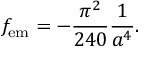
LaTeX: f _ { \mathrm { e m } } = - { \frac { \pi ^ { 2 } } { 2 4 0 } } { \frac { 1 } { a ^ { 4 } } } .